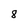
Character: 8